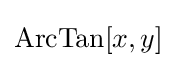
\operatorname {ArcTan} [x,y]